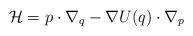
LaTeX: \begin{align*}\mathcal{H}= p \cdot \nabla_q - \nabla U(q) \cdot \nabla_p \end{align*}